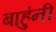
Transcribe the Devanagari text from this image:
बाहुंनी